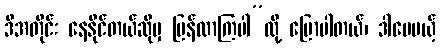
ဒီအတိုင်း နေနိုင်တယ်ဆိုမှ ပြန်လာကြပါ”လို့ ပြောပါတယ်၊ ဒါပေမယ့်